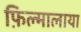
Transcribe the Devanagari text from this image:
फ़िल्मालाया